画像に写った文字を読んでください
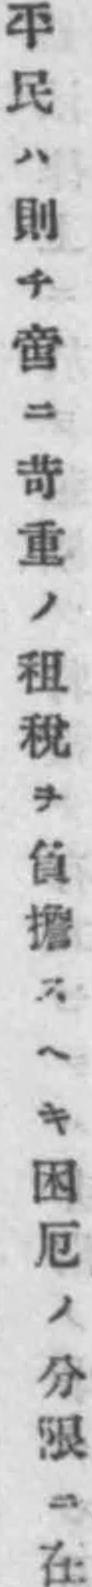
「平民ハ則チ啻ニ苛重ノ租稅ヲ負擔スヘキ困厄ノ分限ニ在」と書いてあります